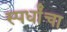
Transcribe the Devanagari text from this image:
स्पर्धांंचा